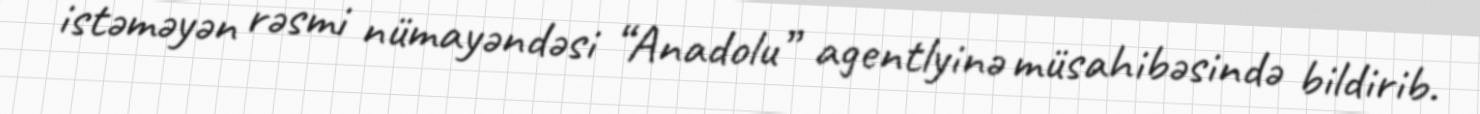
istəməyən rəsmi nümayəndəsi “Anadolu” agentlyinə müsahibəsində bildirib.